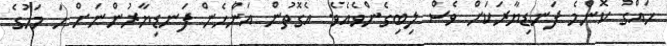
ހައްގު ކޮންމެ ފަނޑިޔާރަކަށް ވެސް ލިބިގެންވެއެވެ. އެގޮތުން އަންހެން ފަނޑިޔާރުންނަށް ހަ މަހުގެ